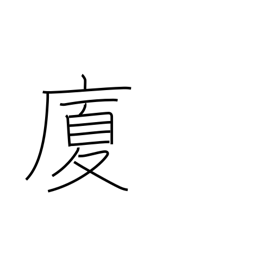
Meaning: house